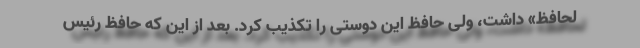
لحافظ» داشت، ولی حافظ این دوستی را تکذیب کرد. بعد از این که حافظ رئیس‌